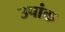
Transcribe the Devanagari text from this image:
उपांक